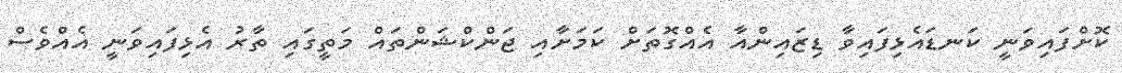
ކޮށްފައިވަނީ ކަނޑައެޅިފައިވާ ޑިޒައިންއާ އެއްގޮތަށް ކަމަށާއި ޖަންކްޝަންތައް މަތީގައި ތާރު އެޅިފައިވަނީ އެއްވެސް